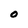
Character: O